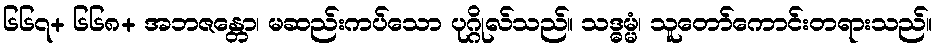
၆၆၇+ ၆၆၈+ အဘဇန္တော၊ မဆည်းကပ်သော ပုဂ္ဂိုလ်သည်။ သဒ္ဓမ္မံ၊ သူတော်ကောင်းတရားသည်။